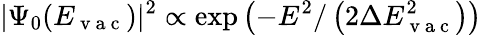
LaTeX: |\Psi_{0}(E_{\mathrm{~v~a~c~}})|^{2}\propto\exp\left(-E^{2}/\left(2\Delta E_{\mathrm{~v~a~c~}}^{2}\right)\right)